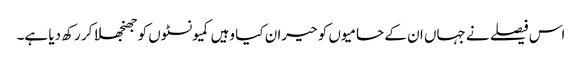
اس فیصلے نے جہاں ان کے حامیوں کو حیران کیا وہیں کمیونسٹوں کو جھنجھلا کر رکھ دیا ہے۔